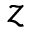
z